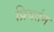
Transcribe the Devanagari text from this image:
प्रिवर्तन